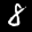
Label: 8